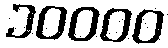
၁၀၀၀၀